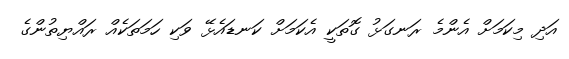
އަދި މިކަމަށް އެންމެ ރަނގަޅު ގޮތަކީ އެކަމަށް ކަނޑައެޅޭ ވަކި ހަމަތަކެއް ރައްޔިތުންގެ